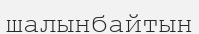
шалынбайтын